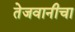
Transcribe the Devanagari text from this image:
तेजवानीचा